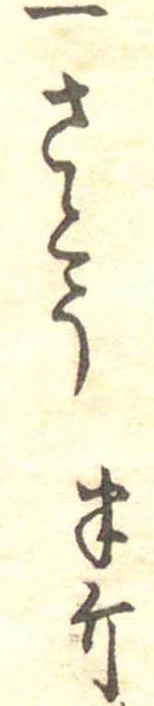
一さとう半斤